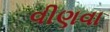
વીણવા